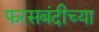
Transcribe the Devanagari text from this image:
फरसबंदीच्या